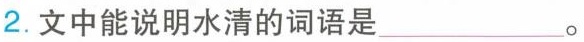
2.文中能说明水清的词语是___。